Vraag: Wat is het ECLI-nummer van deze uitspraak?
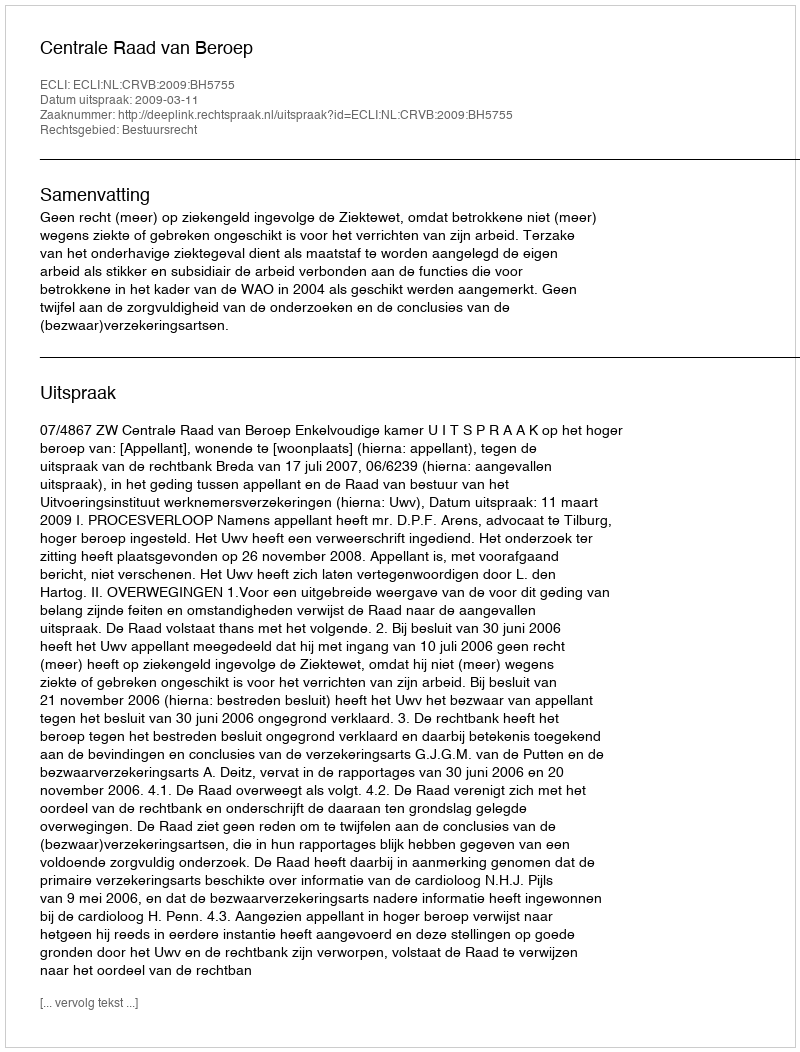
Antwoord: ECLI:NL:CRVB:2009:BH5755